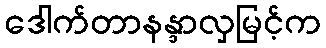
ဒေါက်တာနန္ဒာလှမြင့်က